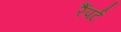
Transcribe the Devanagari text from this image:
रैंपर्ट